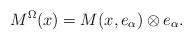
LaTeX: \begin{align*} M^\Omega (x) = M(x,e_\alpha) \otimes e_\alpha.\end{align*}